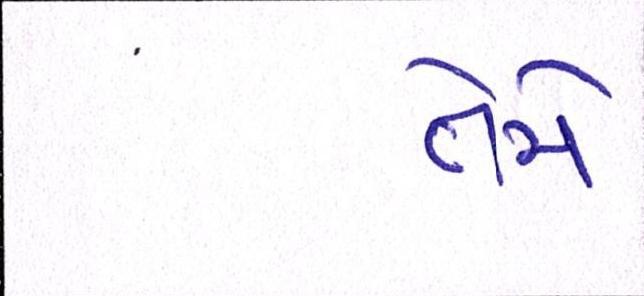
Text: તેમે